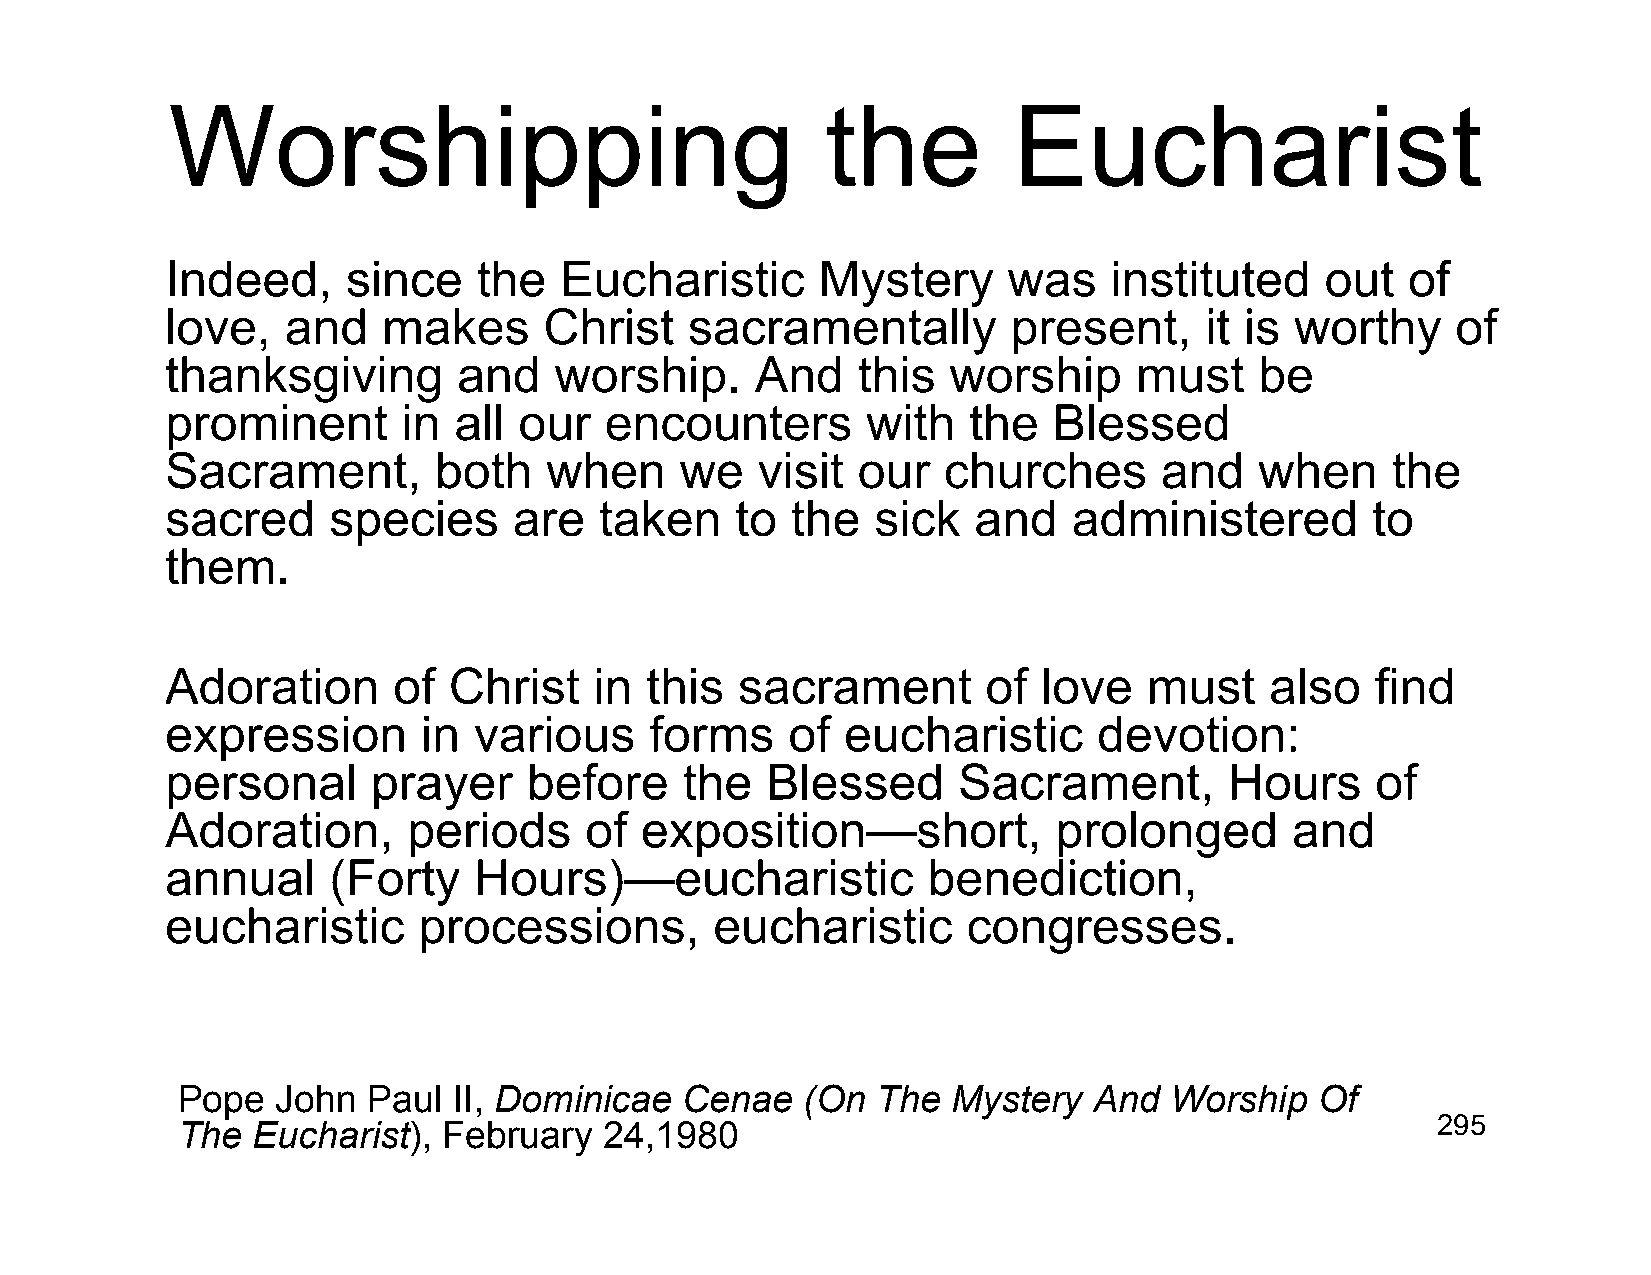
Worshipping                                 the         Eucharist
 Indeed,     since    the  Eucharistic      Mystery      was   instituted     out  of
 love,   and   makes      Christ    sacramentally        present,     it is worthy    of
 thanksgiving       and    worship.     And    this  worship     must    be
 prominent       in all our   encounters       with   the   Blessed
 Sacrament,        both   when     we   visit  our  churches       and   when     the
 sacred     species     are   taken    to the   sick  and    administered        to
 them.
 Adoration      of  Christ   in  this  sacrament       of  love   must    also   find
 expression       in various     forms    of  eucharistic      devotion:
 personal      prayer    before    the   Blessed     Sacrament,        Hours     of
 Adoration,      periods     of exposition—short,           prolonged      and
 annual     (Forty   Hours)—eucharistic            benediction,
 eucharistic      processions,       eucharistic      congresses.
 Pope  John  Paul  II, Dominicae  Cenae   (On  The  Mystery  And  Worship   Of
 The  Eucharist), February   24,1980                                                295